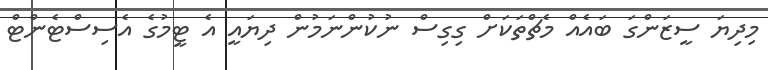
މިދިޔަ ސީޒަންގަ ބައެއް މެޗްތަކަށް ގިގިސް ނުކުންނަމުން ދިޔައީ އެ ޓީމުގެ އެސިސްޓެންޓް